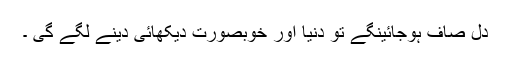
دل صاف ہوجائینگے تو دنیا اور خوبصورت دیکھائی دینے لگے گی ۔